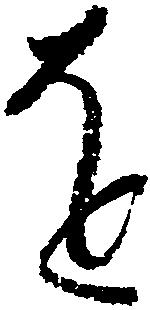
を